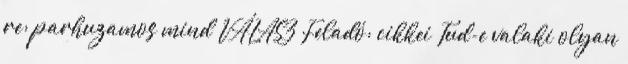
re: parhuzamos mind VÁLASZ Feladó: cikkei Tud-e valaki olyan